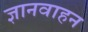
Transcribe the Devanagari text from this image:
ज्ञानवाहन